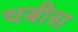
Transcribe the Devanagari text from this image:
चबीस